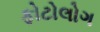
ફોટોલોગ